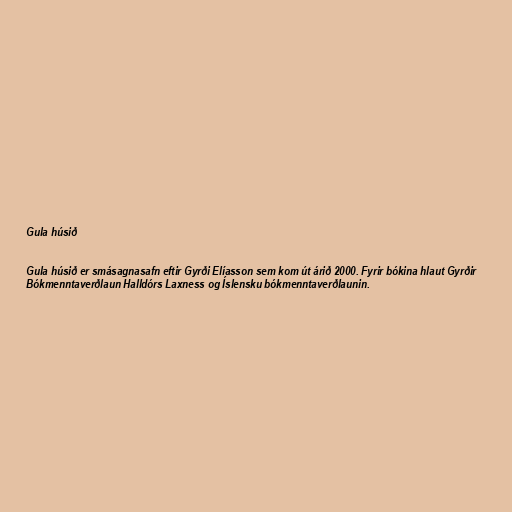
Gula húsið

Gula húsið er smásagnasafn eftir Gyrði Elíasson sem kom út árið 2000. Fyrir bókina hlaut Gyrðir
Bókmenntaverðlaun Halldórs Laxness og Íslensku bókmenntaverðlaunin.